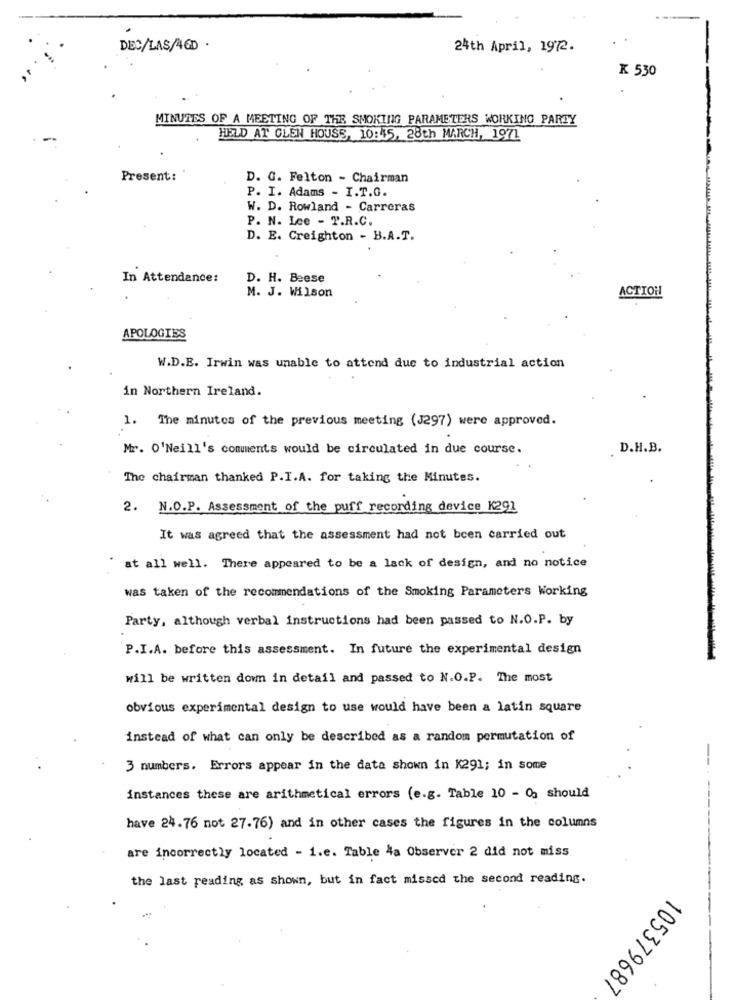
DEC/LAS/AGD .
24th April, 1972.
K 530
MINUTES OF A MEETING OF THE SMOKING PARAMETERS WORKING PARTY
HELD AT GLEN HOUSE, 10:45, 28th MARCH, 1971
Present:
D. G. Felton - Chairman
P. I. Adams - I.T.G.
W. D. Rowland - Carreras
P. N. Lee - P.R.C.
D. E. Creighton - B.A.T.
In Attendance:
D. H. Beese
M. J. Wilson
ACTION
APOLOGIES
W.D.E. Irwin was unable to attend due to industrial action
in Northern Ireland.
1. The minutes of the previous meeting (J297) were approved.
Mr. O'Neill's comments would be circulated in due course.
. D.H.B.
The chairman thanked P.I.A. for taking the Minutes.
2.
N.O.P. Assessment of the puff recording device K291
It was agreed that the assessment had not been carried out
at all well. There appeared to be a lack of design, and no notice
was taken of the recommendations of the Smoking Parameters Working
Party, although verbal instructions had been passed to N.O.P. by
P.I.A. before this assessment. In future the experimental design
will be written down in detail and passed to N.O.P. The most
obvious experimental design to use would have been a latin square
instead of what can only be described as a random permutation of
3 numbers. Errors appear in the data shown in K291; in some
instances these are arithmetical errors (e.g. Table 10 - 03 should
- ----
have 24.76 not 27.76) and in other cases the figures in the columns
are incorrectly located - 1.e. Table 4a Observer 2 did not miss
the last reading as shown, but in fact missed the second reading.
105379687